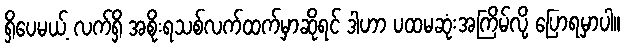
ရှိပေမယ့် လက်ရှိ အစိုးရသစ်လက်ထက်မှာဆိုရင် ဒါဟာ ပထမဆုံးအကြိမ်လို့ ပြောရမှာပါ။